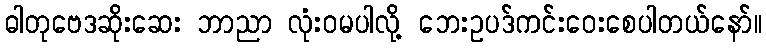
ဓါတုဗေဒဆိုးဆေး ဘာညာ လုံးဝမပါလို့ ဘေးဥပဒ်ကင်းဝေးစေပါတယ်နော်။